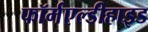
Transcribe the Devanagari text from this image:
फॉर्मएल्डीहाइड